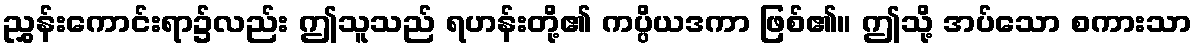
ညွှန်းကောင်းရာ၌လည်း ဤသူသည် ရဟန်းတို့၏ ကပ္ပိယဒကာ ဖြစ်၏။ ဤသို့ အပ်သော စကားသာ